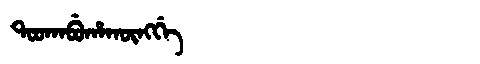
Manchu: ᡨᠣᠣᡴᠠᠪᡠᡥᠠᡴᡡᠩᡤᡝ
Romanization: TOOKABUHAKŪNGGE